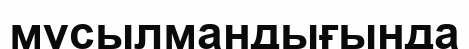
мұсылмандығында